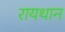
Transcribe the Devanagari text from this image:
रायथान